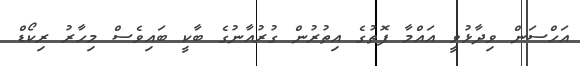
އަހްސަން ވިދާޅުވީ އައްމާ ފޮތުގެ އިތުރުން ގުރުއާނުގެ ބާކީ ބައިވެސް މިހާރު ރިކޯޑް